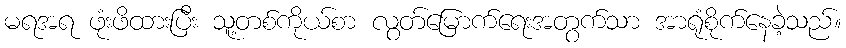
မရအရ ဖုံးဖိထားပြီး သူ့တစ်ကိုယ်စာ လွတ်မြောက်ရေးအတွက်သာ အာရုံစိုက်နေခဲ့သည်။